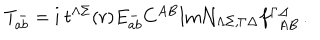
LaTeX: T _ { a b } ^ { - } = \mathrm { i } \ t ^ { \Lambda \Sigma } ( r ) E _ { a b } ^ { - } C ^ { A B } \mathrm { I m } { \cal N } _ { \Lambda \Sigma , \Gamma \Delta } f _ { ~ ~ A B } ^ { \Gamma \Delta } \, .